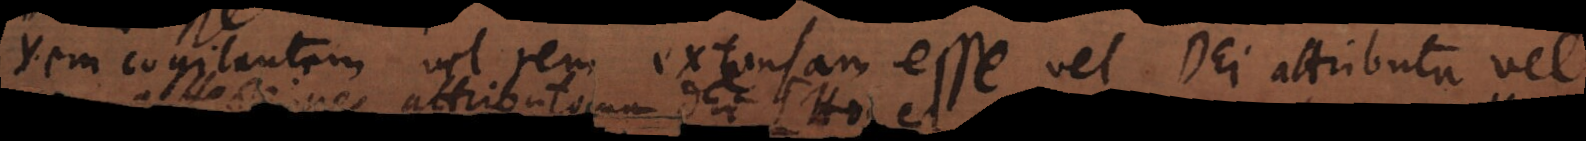
Rem cogitantem vel rem extensam esse vel Dei attributa vel